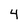
Character: 4